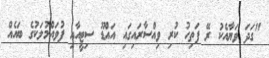
"ގަދަ ވަޔާއެކު ރޭ ފަތިހު ކުރި ވިއްސާރައިގައި އައްޑޫ ސިޓީއާއި ފުވައްމުލަކުގެ ބައެއް